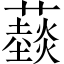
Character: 䕭